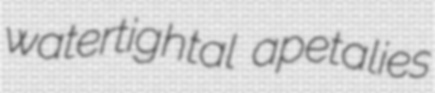
watertightal apetalies